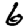
Digit: 6